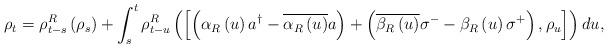
LaTeX: \begin{align*} \rho_t = \rho^R_{t-s} \left( \rho_s \right) + \int_s^t \rho^R_{t-u} \left( \left[ \left( \alpha_R \left( u \right) a^\dagger - \overline{\alpha_R \left( u \right)} a \right)+\left( \overline{\beta_R \left( u \right) } \sigma^{-} - \beta_R \left( u \right) \sigma^+ \right) ,\rho_u \right] \right) du ,\end{align*}